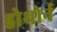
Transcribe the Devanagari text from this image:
होथोर्न